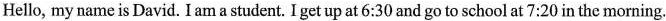
Hello, my name is David. I am a student. I get up at 6:30 and go to school at 7:20 in the morning.